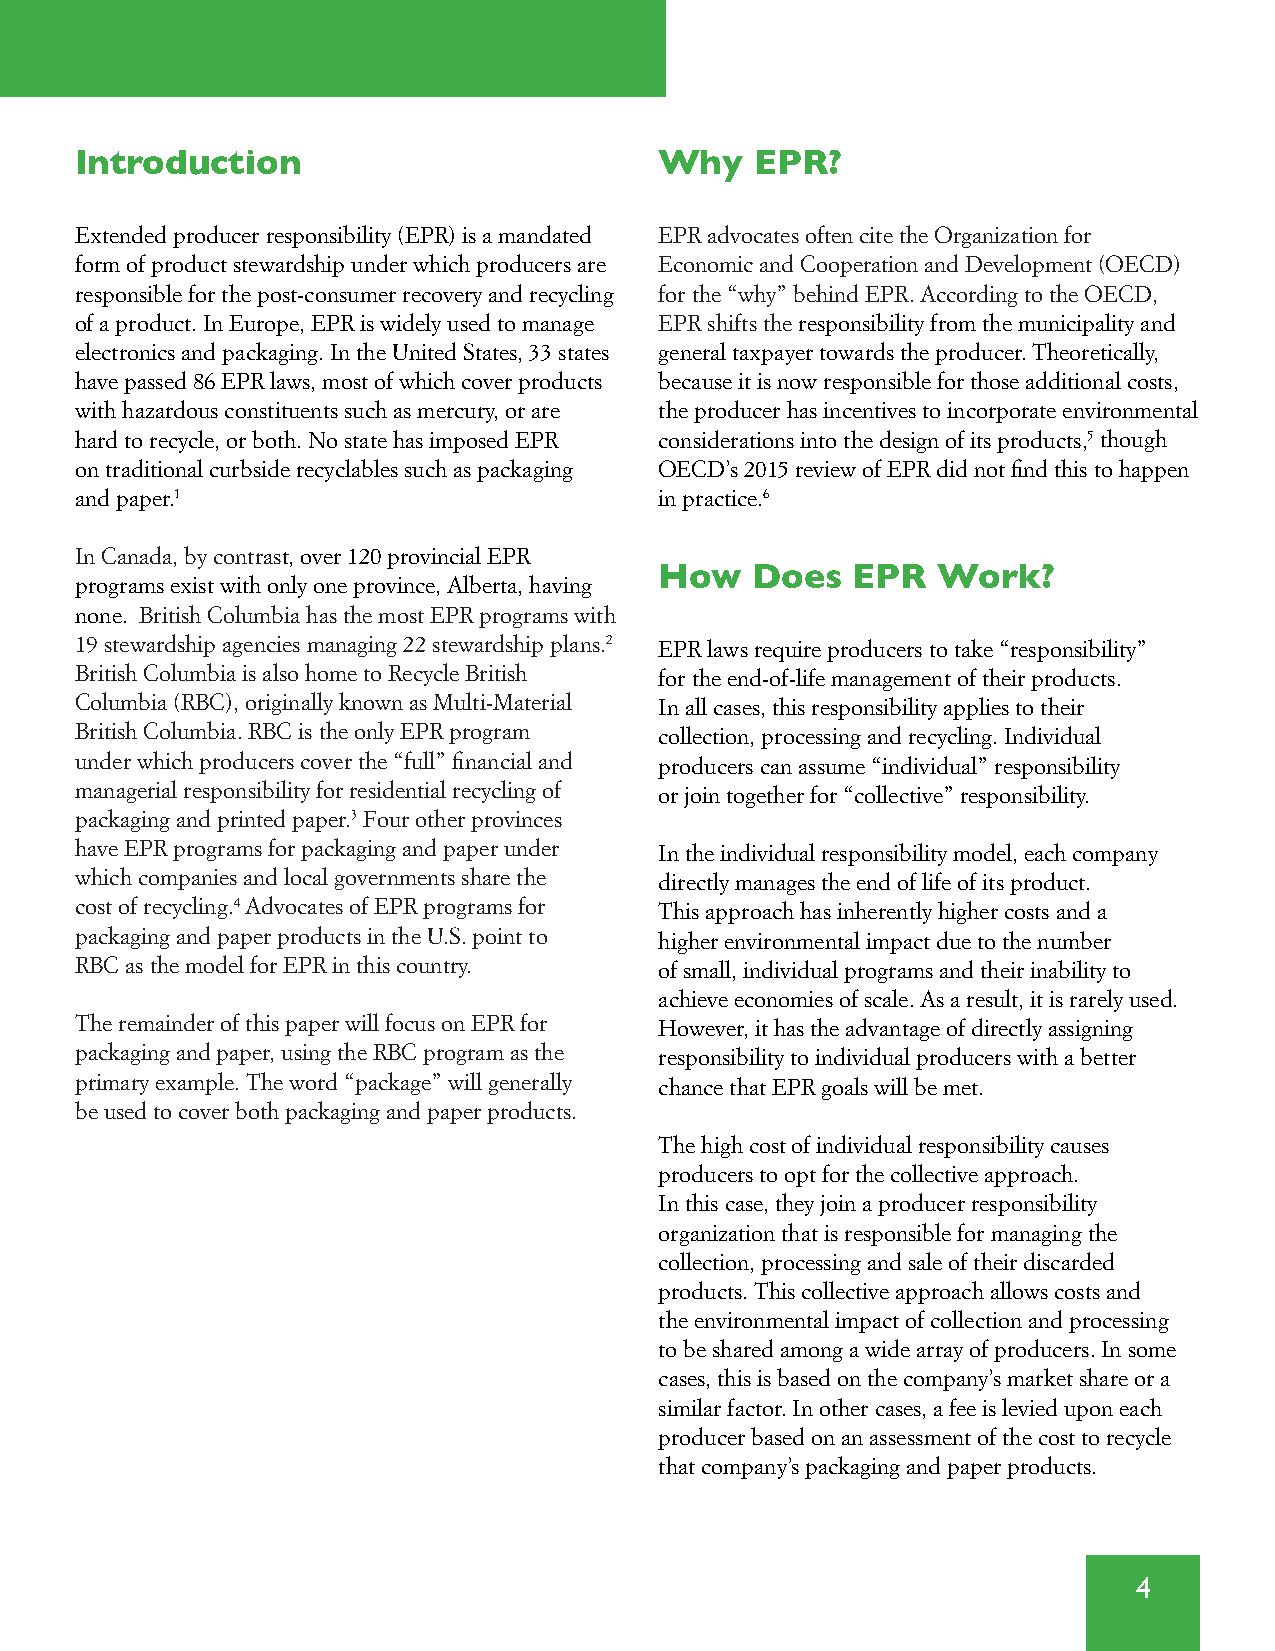
Introduction                           Why   EPR?
 Extended producer responsibility (EPR) is a mandated EPR advocates often cite the Organization for
 form of product stewardship under which producers are Economic and Cooperation and Development (OECD)
 responsible for the post-consumer recovery and recycling for the “why” behind EPR . According to the OECD,
 of a product . In Europe, EPR is widely used to manage EPR shifts the responsibility from the municipality and
 electronics and packaging . In the United States, 33 states general taxpayer towards the producer . Theoretically,
 have passed 86 EPR laws, most of which cover products because it is now responsible for those additional costs,
 with hazardous constituents such as mercury, or are the producer has incentives to incorporate environmental
 hard to recycle, or both . No state has imposed EPR considerations into the design of its products,5 though
 on traditional curbside recyclables such as packaging OECD’s 2015 review of EPR did not find this to happen
 and paper .1                           in practice .6
 In Canada, by contrast, over 120 provincial EPR
 How   Does  EPR   Work?
 programs exist with only one province, Alberta, having
 none . British Columbia has the most EPR programs with
 19 stewardship agencies managing 22 stewardship plans .2 EPR laws require producers to take “responsibility”
 British Columbia is also home to Recycle British for the end-of-life management of their products .
 Columbia (RBC), originally known as Multi-Material In all cases, this responsibility applies to their
 British Columbia . RBC is the only EPR program collection, processing and recycling . Individual
 under which producers cover the “full” financial and producers can assume “individual” responsibility
 managerial responsibility for residential recycling of or join together for “collective” responsibility .
 packaging and printed paper .3 Four other provinces
 have EPR programs for packaging and paper under In the individual responsibility model, each company
 which companies and local governments share the directly manages the end of life of its product .
 cost of recycling .4 Advocates of EPR programs for This approach has inherently higher costs and a
 packaging and paper products in the U .S . point to higher environmental impact due to the number
 RBC as the model for EPR in this country . of small, individual programs and their inability to
 achieve economies of scale . As a result, it is rarely used .
 The remainder of this paper will focus on EPR for However, it has the advantage of directly assigning
 packaging and paper, using the RBC program as the responsibility to individual producers with a better
 primary example . The word “package” will generally chance that EPR goals will be met .
 be used to cover both packaging and paper products .
 The high cost of individual responsibility causes
 producers to opt for the collective approach .
 In this case, they join a producer responsibility
 organization that is responsible for managing the
 collection, processing and sale of their discarded
 products . This collective approach allows costs and
 the environmental impact of collection and processing
 to be shared among a wide array of producers . In some
 cases, this is based on the company’s market share or a
 similar factor . In other cases, a fee is levied upon each
 producer based on an assessment of the cost to recycle
 that company’s packaging and paper products .
 4